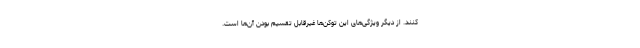
‌کنند. از دیگر ویژگی‌های این توکن‌ها غیرقابل تقسیم بودن آن‌ها است.